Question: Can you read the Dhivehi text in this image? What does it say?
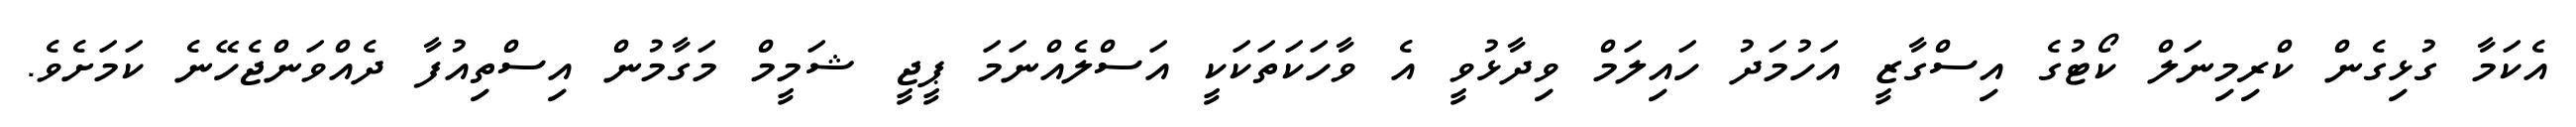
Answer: އެކަމާ ގުޅިގެން ކްރިމިނަލް ކޯޓުގެ އިސްގާޒީ އަހުމަދު ހައިލަމް ވިދާޅުވީ އެ ވާހަކަތަކަކީ އަސްލެއްނަމަ ޕީޖީ ޝަމީމް މަގާމުން އިސްތިއުފާ ދެއްވަންޖެހޭނެ ކަމަށެވެ.